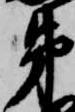
弟